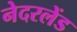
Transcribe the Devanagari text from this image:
नेदरलेंड